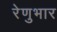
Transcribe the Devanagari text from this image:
रेणुभार